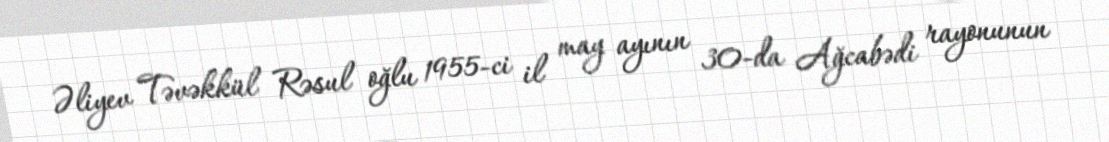
Əliyev Təvəkkül Rəsul oğlu 1955-ci il may ayının 30-da Ağcabədi rayonunun